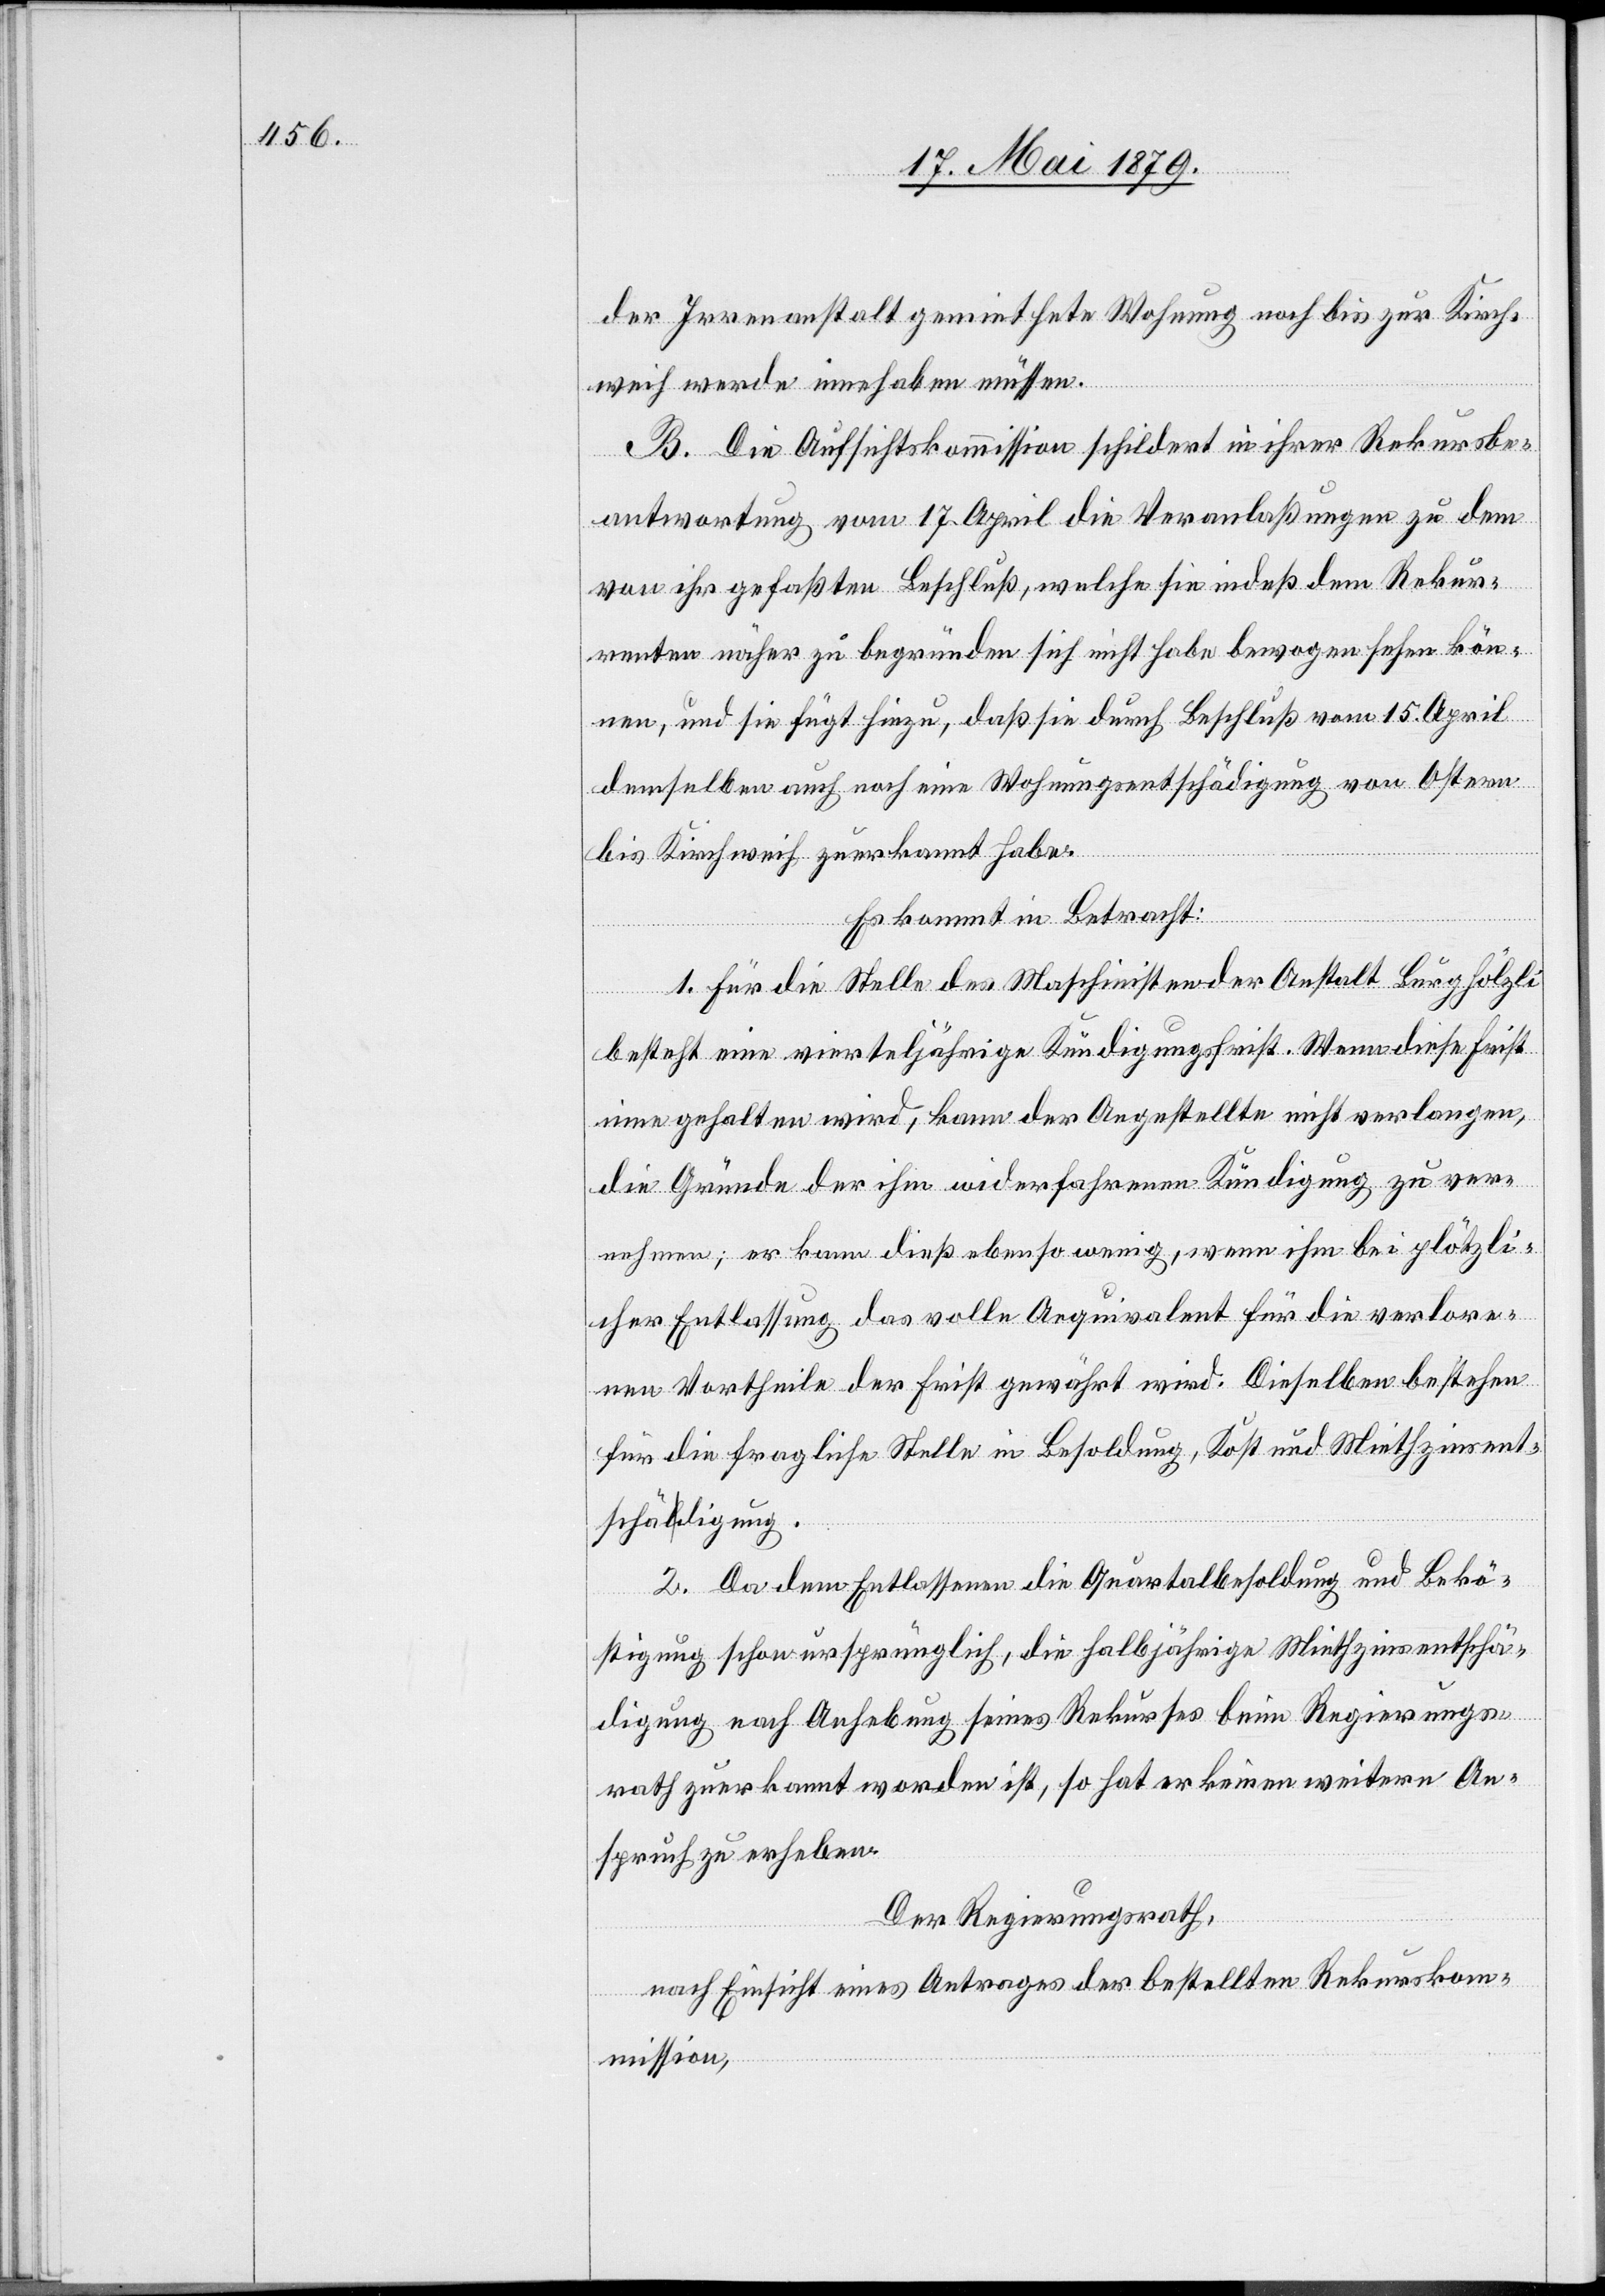
der Irrenanstalt gemiethete Wohnung noch bis zur Kirch¬
weih werde innehaben müssen.
B. Die Aufsichtskommission schildert in ihrer Rekursbe¬
antwortung vom 17. April die Veranlaßungen zu dem
von ihr gefaßten Beschluß, welche sie indeß dem Rekur¬
renten näher zu begründen sich nicht habe bewogen sehen kön¬
nen, und sie fügt hinzu, daß sie durch Beschluß vom 15. April
demselben auch noch eine Wohnungsentschädigung von Ostern
bis Kirchweih zuerkannt habe.
Es kommt in Betracht:
1. Für die Stelle des Maschinisten der Anstalt Burghölzli
besteht eine vierteljährige Kündigungsfrist. Wenn diese Frist
inne gehalten wird, kann der Angestellte nicht verlangen,
die Gründe der ihm widerfahrenen Kündigung zu ver¬
nehmen; er kann dieß ebenso wenig, wenn ihm bei plötzli¬
cher Entlassung das volle Aequivalent für die verlore¬
nen Vortheile der Frist gewährt wird. Dieselben bestehen
für die fragliche Stelle in Besoldung, Kost und Miethzinsent¬
schädigung.
2. Da dem Entlassenen die Quartalbesoldung und Bekö¬
stigung schon ursprünglich, die halbjährige Miethzinsentschä¬
digung nach Anhebung seines Rekurses beim Regierungs¬
rath zuerkannt worden ist, so hat er keinen weitern An¬
spruch zu erheben.
Der Regierungsrath,
nach Einsicht eines Antrages der bestellten Rekurskom¬
mission,